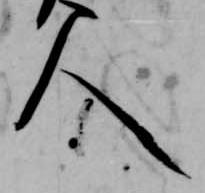
人